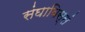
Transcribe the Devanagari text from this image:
संघाविस्सं